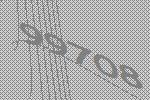
99708